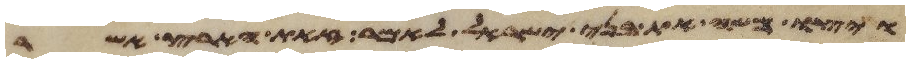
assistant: ויצו משה את בני ישראל לאמר זאת הארץ אשר